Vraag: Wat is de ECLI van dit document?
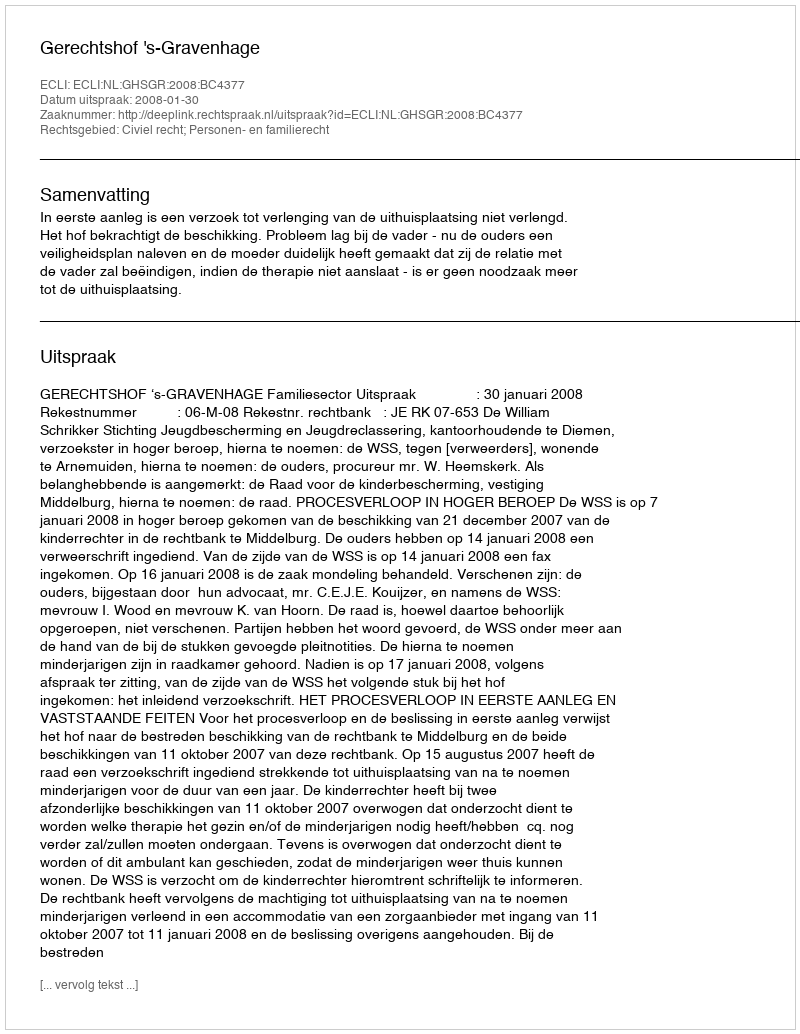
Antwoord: ECLI:NL:GHSGR:2008:BC4377